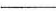
___